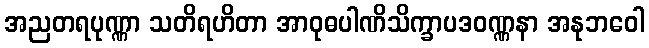
အညတရပုဏ္ဏာ သတိရဟိတာ အာဝုဓပါဏိသိက္ခာပဒဝဏ္ဏနာ အနုဘဝေါ